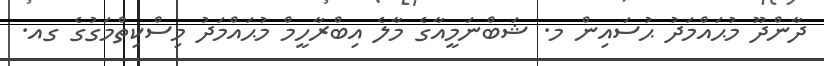
ދާންދޫ މުޙައްމަދު ޙުސައިން މ. ޝަބްނަމީއާގެ މާލެ އިބްރާހީމް މުޙައްމަދު މިސްކިތްމަގުގެ ގއ.